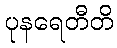
ပုနရေတီတိ